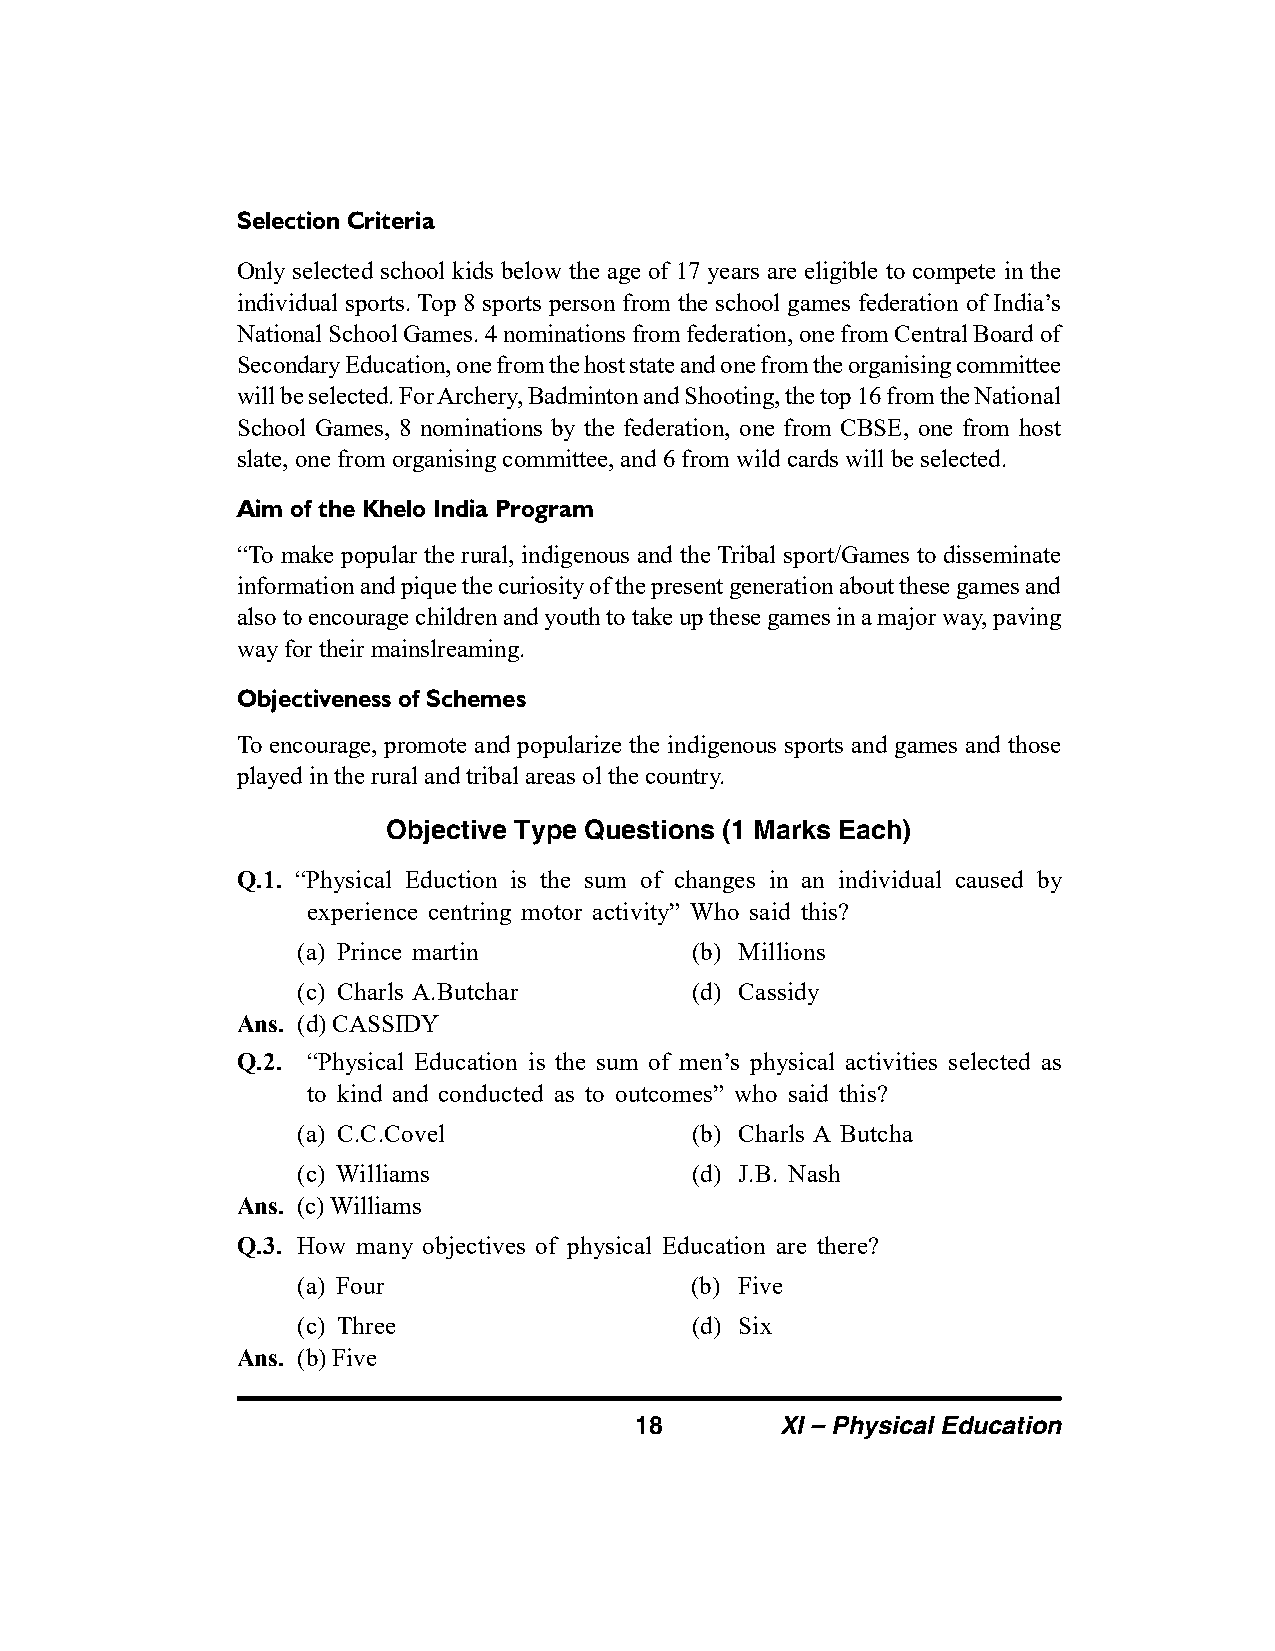
Selection Criteria
 Only selected school kids below the age of 17 years are eligible to compete in the
 individual sports. Top 8 sports person from the school games federation of India’s
 National School Games. 4 nominations from federation, one from Central Board of
 Secondary Education, one from the host state and one from the organising committee
 will be selected. For Archery, Badminton and Shooting, the top 16 from the National
 School Games, 8 nominations by the federation, one from CBSE, one from host
 slate, one from organising committee, and 6 from wild cards will be selected.
 Aim of the Khelo India Program
 “To make popular the rural, indigenous and the Tribal sport/Games to disseminate
 information and pique the curiosity of the present generation about these games and
 also to encourage children and youth to take up these games in a major way, paving
 way for their mainslreaming.
 Objectiveness of Schemes
 To encourage, promote and popularize the indigenous sports and games and those
 played in the rural and tribal areas ol the country.
 Objective Type Questions (1 Marks Each)
 Q.1. “Physical Eduction is the sum of changes in an individual caused by
 experience centring motor activity” Who said this?
 (a) Prince martin         (b) Millions
 (c) Charls A.Butchar      (d) Cassidy
 Ans. (d) CASSIDY
 Q.2. “Physical Education is the sum of men’s physical activities selected as
 to kind and conducted as to outcomes” who said this?
 (a) C.C.Covel             (b) Charls A Butcha
 (c) Williams              (d) J.B. Nash
 Ans. (c) Williams
 Q.3. How many objectives of physical Education are there?
 (a) Four                  (b) Five
 (c) Three                 (d) Six
 Ans. (b) Five
 18        XI – Physical Education